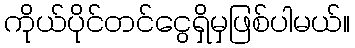
ကိုယ်ပိုင်တင်ငွေရှိမှဖြစ်ပါမယ်။